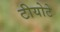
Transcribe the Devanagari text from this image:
टीयोटे